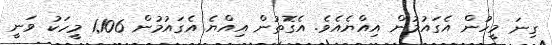
ގިނަ މީހުން އެގައުމުން އިއްޔެއެވެ. އެގޮތުން އިއްޔެ އެގައުމުން 1